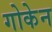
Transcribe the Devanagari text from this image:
गोकेन